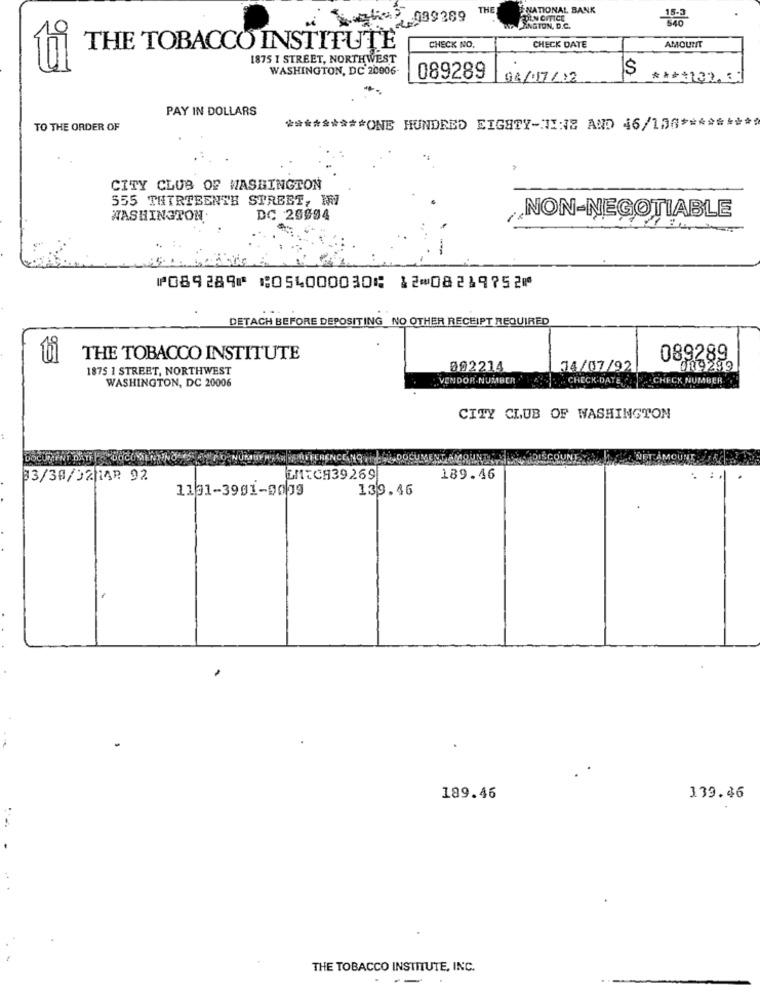
THE
NATIONAL BANK
jako7 089389
DEN OFFICE
INGTON, D.C.
AMOUNT
THE TOBACCO INSTITUTE
CHECK NO.
CHECK DATE
1875 I STREET, NORTHWEST
WASHINGTON, DC 20006
$
089289
04/17/12
PAY IN DOLLARS
TO THE ORDER OF
********* ONE HUNDRED EIGHTY-II:S AND 46/176 ********
CITY CLUB OF WASHINGTON
555 THIRTEENTH STREBT, WWW
NON-NEGOTIABLE
WASHINGTON.
DC 25694
⑈089289⑈ ⑆054000030⑆ 12⑉08219752⑈
DETACH BEFORE DEPOSITING_NO OTHER RECEIPT REQUIRED
THE TOBACCO INSTITUTE
089289
1875 1 STREET, NORTHWEST
092214
34/07/92
009299
WASHINGTON, DC 20006
VENDOR NUMBER ' ! CHECK DATE CHECK NUMBER
CITY CLUB OF WASHINGTON
33/30/02/14₽ 92
ENICH39269
189.46
1101-3901-0019
139.46
189.46
139.46
THE TOBACCO INSTITUTE, INC.